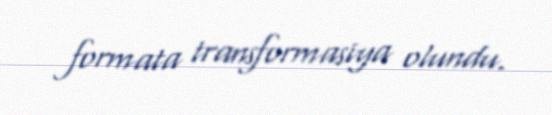
formata transformasiya olundu.